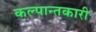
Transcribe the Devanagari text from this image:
कल्पान्तकारी